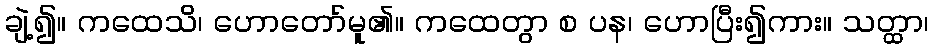
ချဲ့၍။ ကထေသိ၊ ဟောတော်မူ၏။ ကထေတွာ စ ပန၊ ဟောပြီး၍ကား။ သတ္ထာ၊